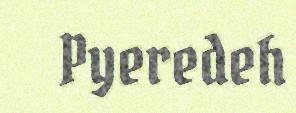
Pyeredeh